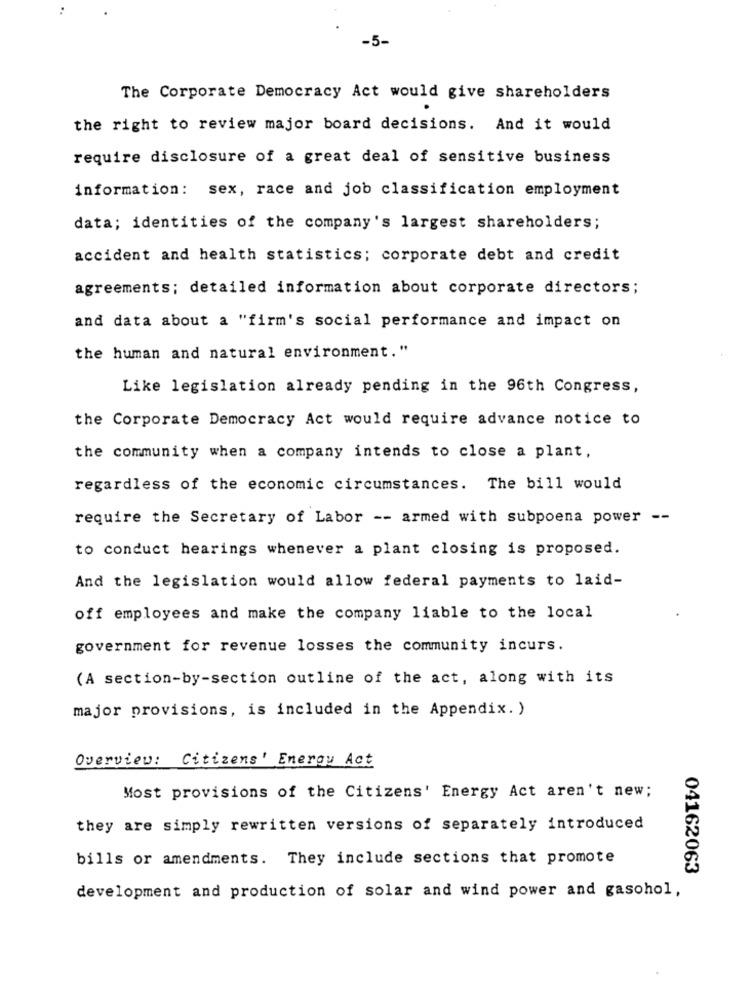
-5-
The Corporate Democracy Act would give shareholders
the right to review major board decisions. And it would
require disclosure of a great deal of sensitive business
information: sex, race and job classification employment
data; identities of the company's largest shareholders;
accident and health statistics; corporate debt and credit
agreements; detailed information about corporate directors;
and data about a "firm's social performance and impact on
the human and natural environment."
Like legislation already pending in the 96th Congress,
the Corporate Democracy Act would require advance notice to
the community when a company intends to close a plant,
regardless of the economic circumstances. The bill would
require the Secretary of Labor -- armed with subpoena power --
to conduct hearings whenever a plant closing is proposed.
And the legislation would allow federal payments to laid-
off employees and make the company liable to the local
government for revenue losses the community incurs.
(A section-by-section outline of the act, along with its
major provisions, is included in the Appendix. )
Overview: Citizens' Energy Act
Most provisions of the Citizens' Energy Act aren't new;
they are simply rewritten versions of separately introduced
bills or amendments. They include sections that promote
04162063
development and production of solar and wind power and gasohol,